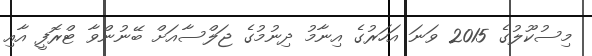
މިސުކޫލުގެ 2015 ވަނަ އަހަރުގެ އިނާމު ދިނުމުގެ ޖަލްސާއަށް ބޭނުންވާ ޓްރޮފީ އާއި